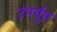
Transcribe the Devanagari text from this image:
उपर्युत्त